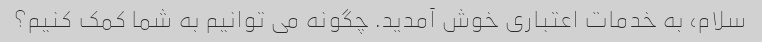
سلام، به خدمات اعتباری خوش آمدید. چگونه می توانیم به شما کمک کنیم؟